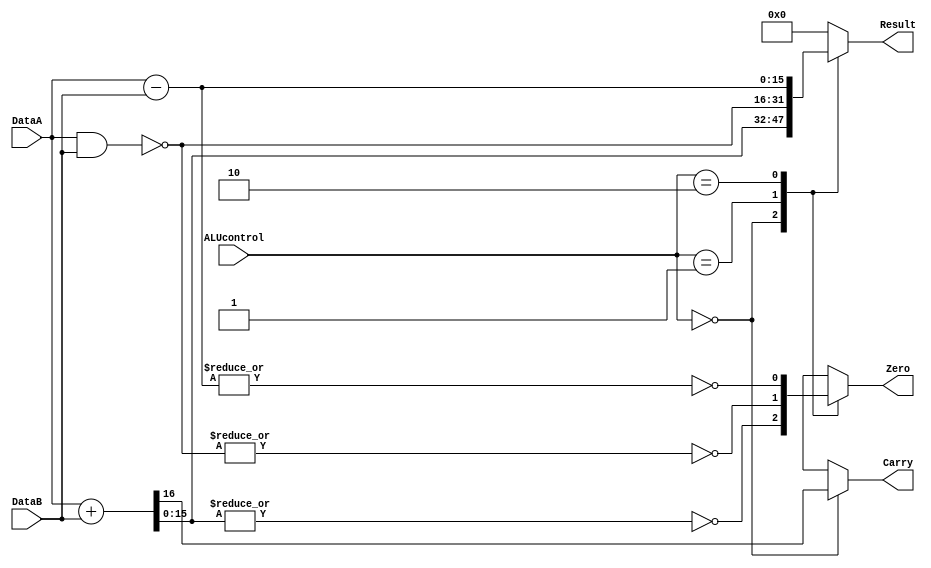
module alu (ALUcontrol,DataA,DataB,Result,Zero,Carry);
input [1:0] ALUcontrol;
input [15:0] DataA,DataB;//
output [15:0] Result;
output Zero,Carry;

reg [15:0] Result;
reg Zero,Carry;
//reg [16:0] temp;

initial begin
Result = 16'b0;
Zero =0;
Carry = 0;
end

always@(ALUcontrol,DataA,DataB)
begin
  case(ALUcontrol)
     2'b00: //add
	       begin
			  //temp = {1'b0,DataA} + {1'b0,DataB};
			  //Result = temp [15:0];
			  //Carry = temp [16];
			  {Carry, Result} = {1'b0,DataA} + {1'b0,DataB};
			  Zero = ~|Result;
			 end
	  2'b01: // Nand
	       begin
	        Result = ~(DataA & DataB);
			  Zero = ~|Result;
			  Carry = 1'bx;// to avoid latch redundent
			  
	       end
	  2'b10: // Sub
	       begin
	        Result = DataA-DataB;
			  Zero = ~|Result;
			  Carry = 1'bx; // to avoid latch redundent
			 end
	  default : 
	       begin
	        Result = 0;
			  Zero = 1'bx;
			  Carry = 1'bx;
			 end
	endcase
end	
endmodule